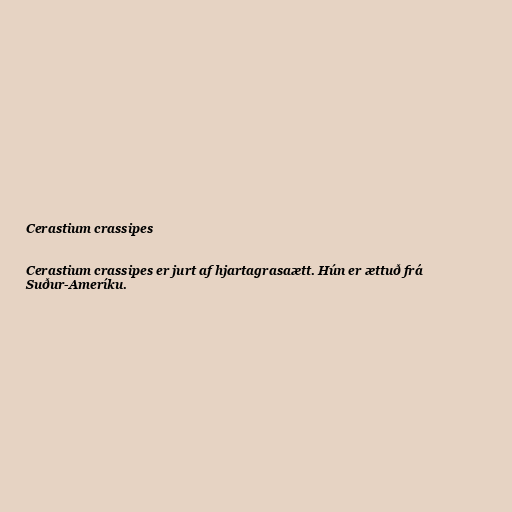
Cerastium crassipes

Cerastium crassipes er jurt af hjartagrasaætt. Hún er ættuð frá
Suður-Ameríku.